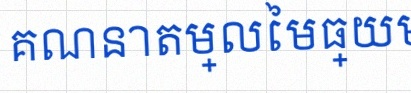
គណនាតម្លៃមធ្យម